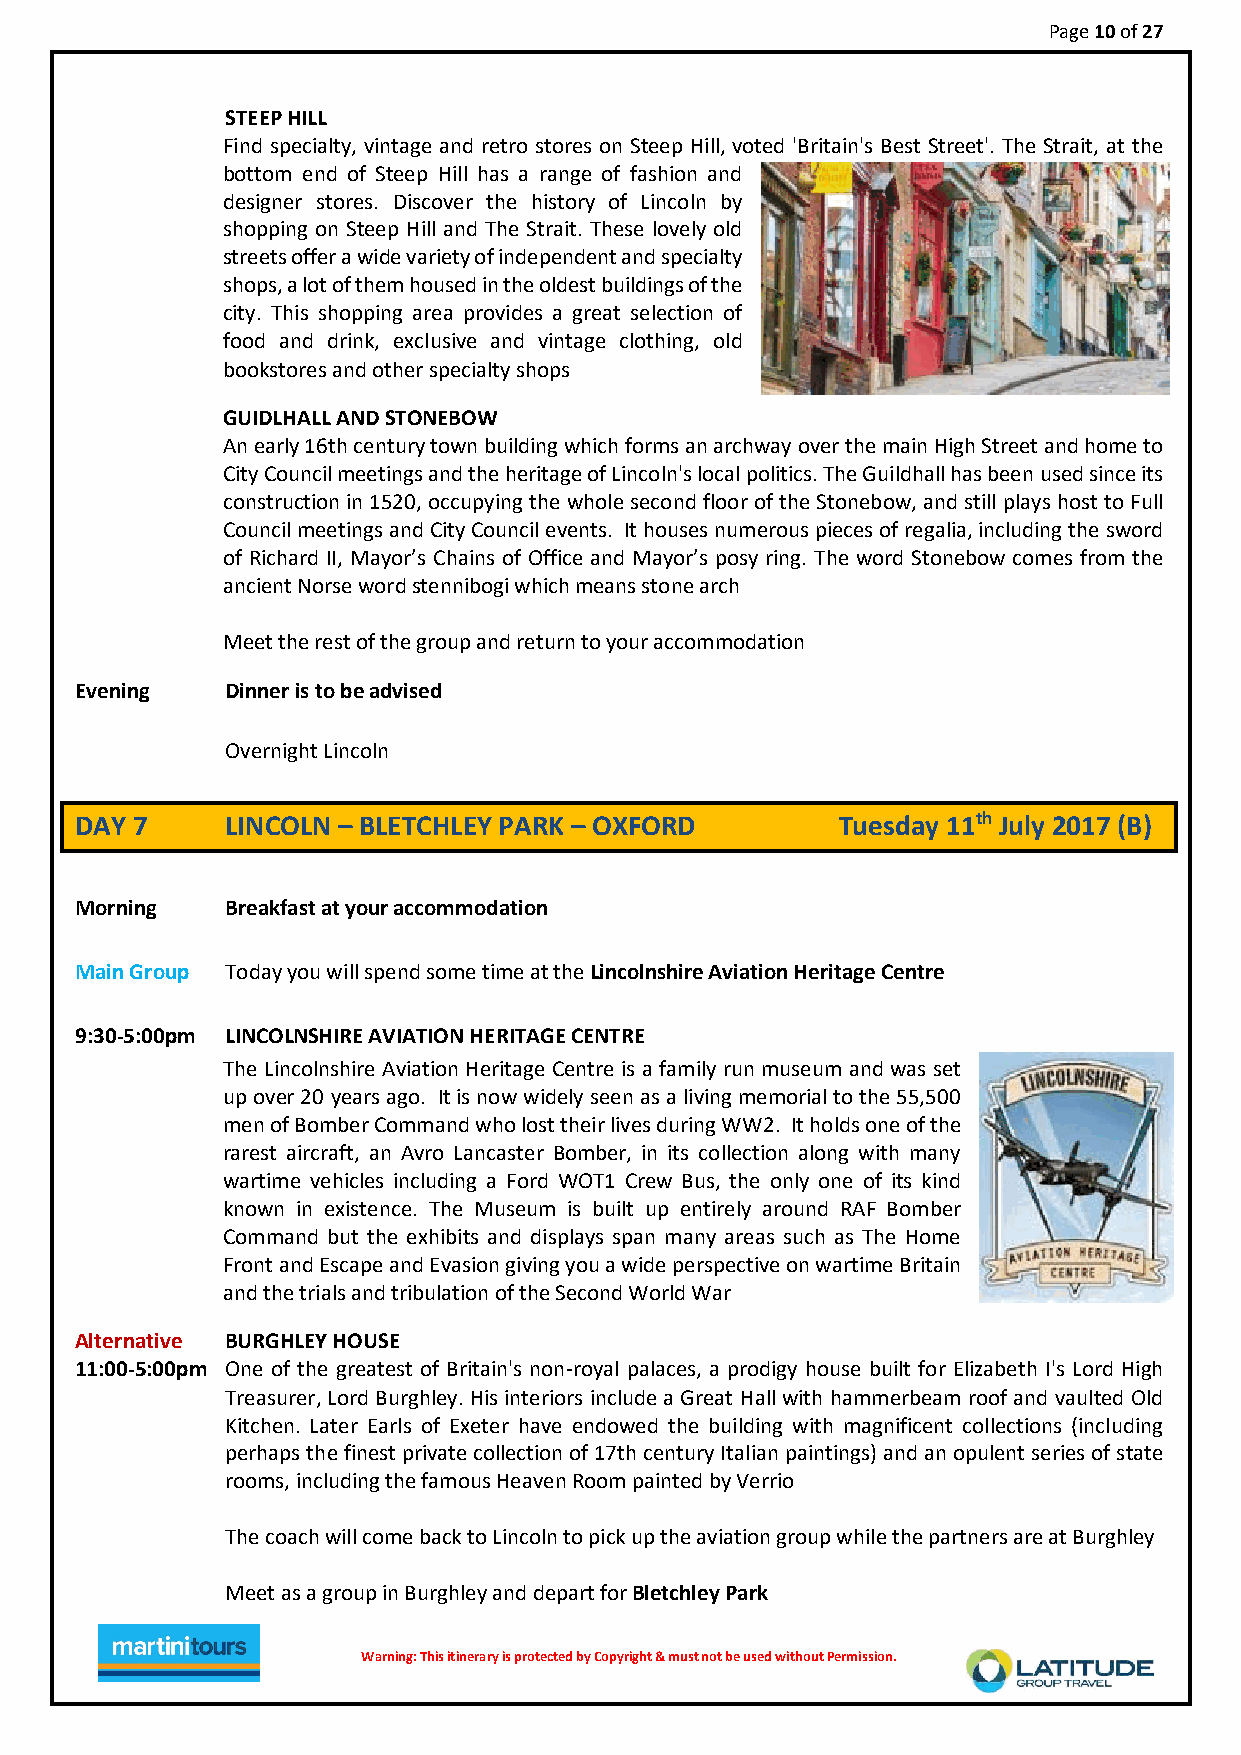
Page 10 of 27
 STEEP HILL
 Find specialty, vintage and retro stores on Steep Hill, voted 'Britain's Best Street'. The Strait, at the
 bottom end of Steep Hill has a range of fashion and
 designer stores. Discover the history of Lincoln by
 shopping on Steep Hill and The Strait. These lovely old
 streets offer a wide variety of independent and specialty
 shops, a lot of them housed in the oldest buildings of the
 city. This shopping area provides a great selection of
 food and drink, exclusive and vintage clothing, old
 bookstores and other specialty shops
 GUIDLHALL AND STONEBOW
 An early 16th century town building which forms an archway over the main High Street and home to
 City Council meetings and the heritage of Lincoln's local politics. The Guildhall has been used since its
 construction in 1520, occupying the whole second floor of the Stonebow, and still plays host to Full
 Council meetings and City Council events. It houses numerous pieces of regalia, including the sword
 of Richard II, Mayor’s Chains of Office and Mayor’s posy ring. The word Stonebow comes from the
 ancient Norse word stennibogi which means stone arch
 Meet the rest of the group and return to your accommodation
 Evening   Dinner is to be advised
 Overnight Lincoln
 DAY 7     LINCOLN – BLETCHLEY PARK – OXFORD       Tuesday 11th July 2017 (B)
 Morning   Breakfast at your accommodation
 Main Group Today you will spend some time at the Lincolnshire Aviation Heritage Centre
 9:30-5:00pm LINCOLNSHIRE AVIATION HERITAGE CENTRE
 The Lincolnshire Aviation Heritage Centre is a family run museum and was set
 up over 20 years ago. It is now widely seen as a living memorial to the 55,500
 men of Bomber Command who lost their lives during WW2. It holds one of the
 rarest aircraft, an Avro Lancaster Bomber, in its collection along with many
 wartime vehicles including a Ford WOT1 Crew Bus, the only one of its kind
 known in existence. The Museum is built up entirely around RAF Bomber
 Command but the exhibits and displays span many areas such as The Home
 Front and Escape and Evasion giving you a wide perspective on wartime Britain
 and the trials and tribulation of the Second World War
 Alternative BURGHLEY HOUSE
 11:00-5:00pm One of the greatest of Britain's non-royal palaces, a prodigy house built for Elizabeth I's Lord High
 Treasurer, Lord Burghley. His interiors include a Great Hall with hammerbeam roof and vaulted Old
 Kitchen. Later Earls of Exeter have endowed the building with magnificent collections (including
 perhaps the finest private collection of 17th century Italian paintings) and an opulent series of state
 rooms, including the famous Heaven Room painted by Verrio
 The coach will come back to Lincoln to pick up the aviation group while the partners are at Burghley
 Meet as a group in Burghley and depart for Bletchley Park
 Warnin g : T h i s i t i n e r ary is protected by Copyright & must not be used without Permission.